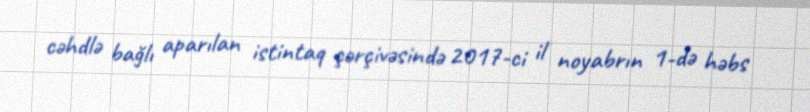
cəhdlə bağlı aparılan istintaq çərçivəsində 2017-ci il noyabrın 1-də həbs